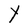
Character: Y